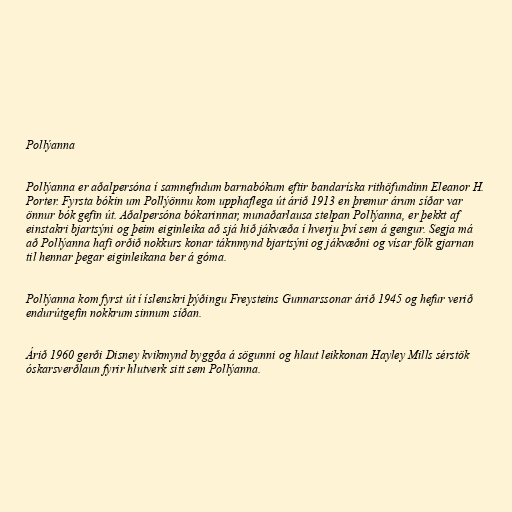
Pollýanna

Pollýanna er aðalpersóna í samnefndum barnabókum eftir bandaríska rithöfundinn Eleanor H.
Porter. Fyrsta bókin um Pollýönnu kom upphaflega út árið 1913 en þremur árum síðar var
önnur bók gefin út. Aðalpersóna bókarinnar, munaðarlausa stelpan Pollýanna, er þekkt af
einstakri bjartsýni og þeim eiginleika að sjá hið jákvæða í hverju því sem á gengur. Segja má
að Pollýanna hafi orðið nokkurs konar táknmynd bjartsýni og jákvæðni og vísar fólk gjarnan
til hennar þegar eiginleikana ber á góma.

Pollýanna kom fyrst út í íslenskri þýðingu Freysteins Gunnarssonar árið 1945 og hefur verið
endurútgefin nokkrum sinnum síðan.

Árið 1960 gerði Disney kvikmynd byggða á sögunni og hlaut leikkonan Hayley Mills sérstök
óskarsverðlaun fyrir hlutverk sitt sem Pollýanna.